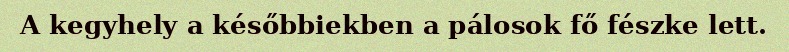
A kegyhely a későbbiekben a pálosok fő fészke lett.